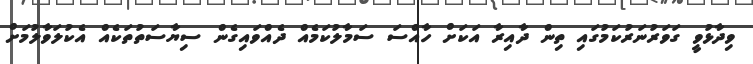
ވިދާޅުވީ ގަވަރުނަރުކަމުގައި ތިން ދާއިރާ އަކަށް ހާއްސަ ސަމާލުކަމެއް ދެއްވައިގެން ސިޔާސަތުތަކެއް އެކުލަވާލުމަށް